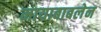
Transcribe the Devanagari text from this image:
मायाबाबलेन